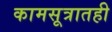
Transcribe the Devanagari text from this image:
कामसूत्रातही